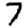
Digit: 7